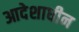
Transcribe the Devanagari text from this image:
आदेशाधीन